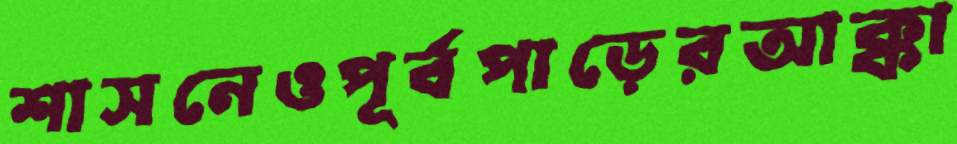
শাসনেওপূর্বপাড়েরআক্কা